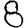
Digit: 8